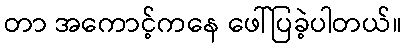
တာ အကောင့်ကနေ ဖေါ်ပြခဲ့ပါတယ်။